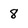
Character: 8